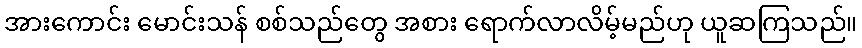
အားကောင်း မောင်းသန် စစ်သည်တွေ အစား ရောက်လာလိမ့်မည်ဟု ယူဆကြသည်။